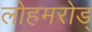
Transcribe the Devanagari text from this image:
लोहमरोड्